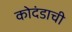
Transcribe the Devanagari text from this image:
कोदंडाची